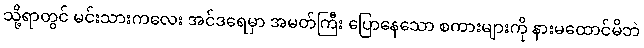
သို့ရာတွင် မင်းသားကလေး အင်ဒရေမှာ အမတ်ကြီး ပြောနေသော စကားများကို နားမထောင်မိဘဲ